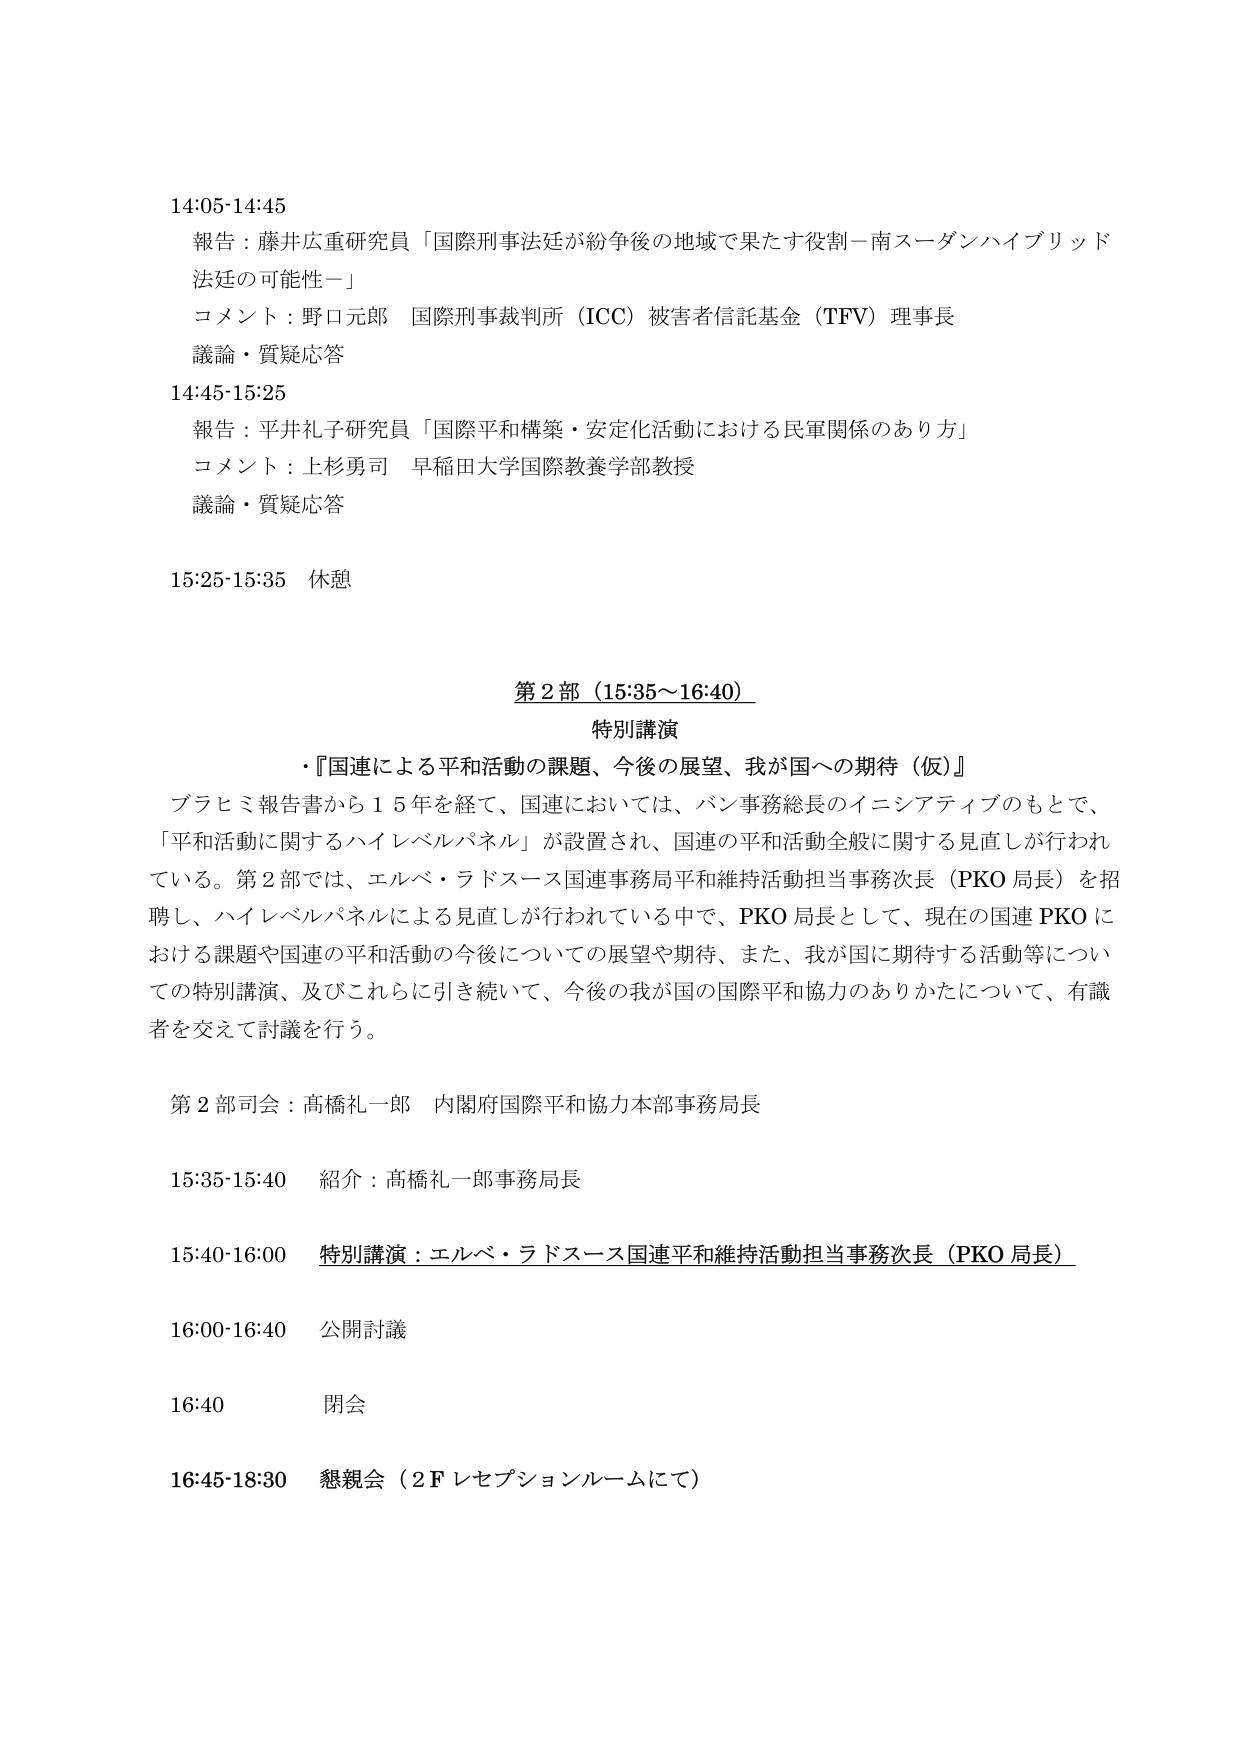
14:05-14:45
報告：藤井広重研究員「国際刑事法廷が紛争後の地域で果たす役割－南スーダンハイブリッド法廷の可能性－」
コメント：野口元郎 国際刑事裁判所（ICC）被害者信託基金（TFV）理事長
議論・質疑応答

14:45-15:25
報告：平井礼子研究員「国際平和構築・安定化活動における民軍関係のあり方」
コメント：上杉勇司 早稲田大学国際教養学部教授
議論・質疑応答

15:25-15:35 休憩

第2部（15:35～16:40）
特別講演
・『国連による平和活動の課題、今後の展望、我が国への期待（仮）』
ブラヒミ報告書から15年を経て、国連においては、バン事務総長のイニシアティブのもとで、「平和活動に関するハイレベルパネル」が設置され、国連の平和活動全般に関する見直しが行われている。第2部では、エルベ・ラドスース国連事務局平和維持活動担当事務次長（PKO局長）を招聘し、ハイレベルパネルによる見直しが行われている中で、PKO局長として、現在の国連PKOにおける課題や国連の平和活動の今後についての展望や期待、また、我が国に期待する活動等についての特別講演、及びこれらに引き続いて、今後の我が国の国際平和協力のありかたについて、有識者を交えて討議を行う。

第2部司会：高橋礼一郎 内閣府国際平和協力本部事務局長

15:35-15:40 紹介：高橋礼一郎事務局長

15:40-16:00 特別講演：エルベ・ラドスース国連平和維持活動担当事務次長（PKO局長）

16:00-16:40 公開討議

16:40 閉会

16:45-18:30 懇親会（2Fレセプションルームにて）